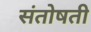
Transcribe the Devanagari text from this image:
संतोषती